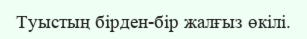
Туыстың бірден-бір жалғыз өкілі.